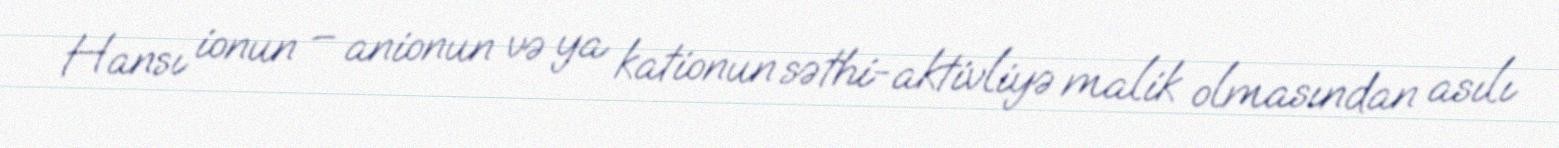
Hansı ionun – anionun və ya kationun səthi-aktivliyə malik olmasından asılı